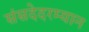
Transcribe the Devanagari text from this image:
संसदेदरम्यान